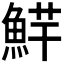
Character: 𱆮